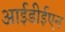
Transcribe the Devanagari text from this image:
आईडीईएन